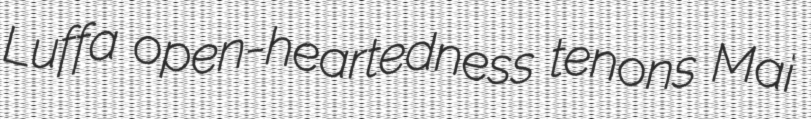
Luffa open-heartedness tenons Mai